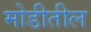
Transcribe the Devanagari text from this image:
मोडीतील